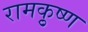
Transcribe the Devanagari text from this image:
रामकृुष्ण